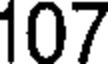
107